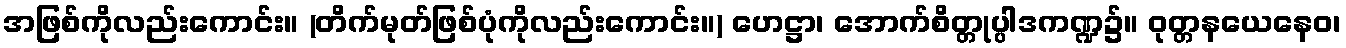
အဖြစ်ကိုလည်းကောင်း။ (တိက်မုတ်ဖြစ်ပုံကိုလည်းကောင်း။) ဟေဋ္ဌာ၊ အောက်စိတ္တုပ္ပါဒကဏ္ဍ၌။ ဝုတ္တနယေနေဝ၊